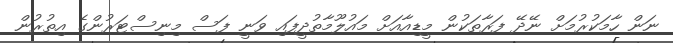
ނަން ހާމަކުރުމަށް ނޭދޭ ފަރާތަކުން މީޑިއާއަށް މައުލޫމާތުދީފައި ވަނީ ފަސް މިނިސްޓަރުންގެ އިތުރުން